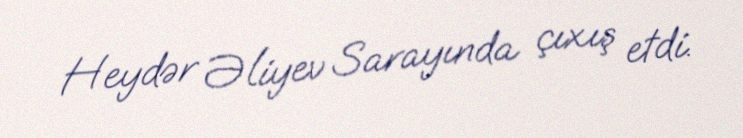
Heydər Əliyev Sarayında çıxış etdi.